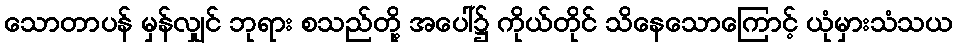
သောတာပန် မှန်လျှင် ဘုရား စသည်တို့ အပေါ်၌ ကိုယ်တိုင် သိနေသောကြောင့် ယုံမှားသံသယ